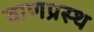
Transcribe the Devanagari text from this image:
वाणप्रस्थ